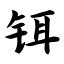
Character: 铒